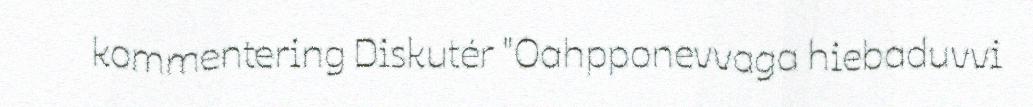
kommentering Diskutér "Oahpponevvaga hiebaduvvi